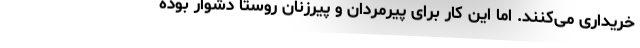
خریداری می‌کنند. اما این کار برای پیرمردان و پیرزنان روستا دشوار بوده